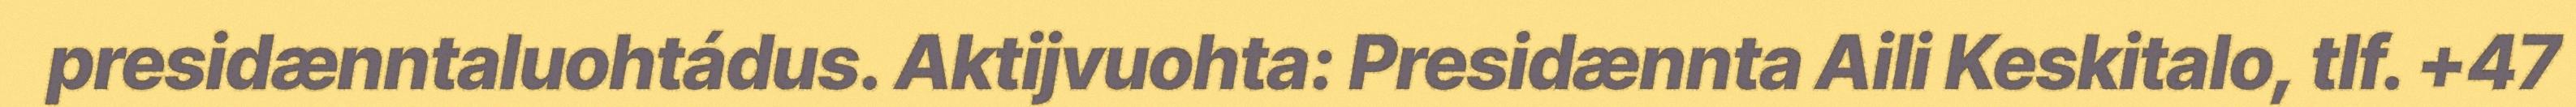
presidænntaluohtádus. Aktijvuohta: Presidænnta Aili Keskitalo, tlf. +47